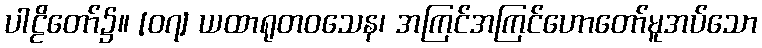
ပါဠိတော်၌။ [၀၇] ယထာရုတဝသေန၊ အကြင်အကြင်ဟောတော်မူအပ်သော